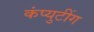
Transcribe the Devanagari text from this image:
कंप्युटींग